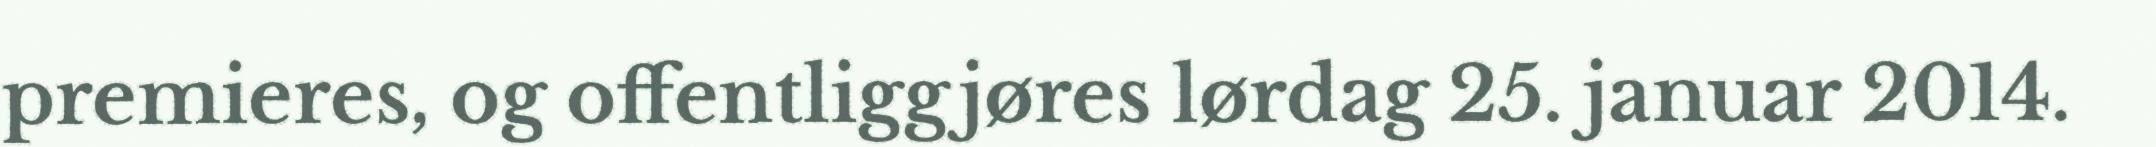
premieres, og offentliggjøres lørdag 25. januar 2014.